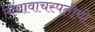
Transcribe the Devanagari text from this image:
विद्यावाचस्पतीची